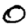
Digit: 0